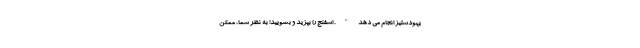
یهودستیز انجام می دهد". اسفنج را بپزید و بشویید! به نظر شما، ممکن